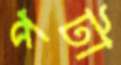
পটা